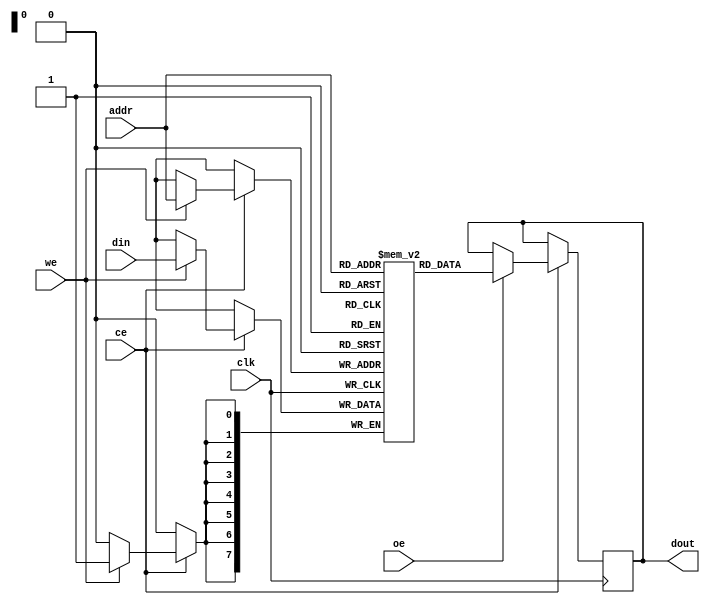
module low_power_sram #(
    parameter ADDR_WIDTH = 8,   // Address width
    parameter DATA_WIDTH = 8,    // Data width
    parameter MEM_SIZE = 256      // Memory size (2^ADDR_WIDTH)
)(
    input wire clk,               // Clock signal
    input wire ce,                // Chip Enable
    input wire we,                // Write Enable
    input wire oe,                // Output Enable
    input wire [ADDR_WIDTH-1:0] addr, // Address input
    input wire [DATA_WIDTH-1:0] din,   // Data input
    output reg [DATA_WIDTH-1:0] dout   // Data output
);

    // Memory array declaration
    reg [DATA_WIDTH-1:0] mem [0:MEM_SIZE-1];

    // Read/Write operations
    always @(posedge clk) begin
        if (ce) begin
            if (we) begin
                // Write operation
                mem[addr] <= din;
            end
            if (oe) begin
                // Read operation
                dout <= mem[addr];
            end
        end
    end

    // Power management and low-power techniques can be implemented here
    // For example, sleep modes, voltage scaling, etc.

endmodule